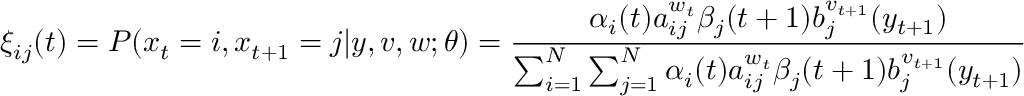
\xi _ { i j } ( t ) = P ( x _ { t } = i , x _ { t + 1 } = j | y , v , w ; \theta ) = { \frac { \alpha _ { i } ( t ) a _ { i j } ^ { w _ { t } } \beta _ { j } ( t + 1 ) b _ { j } ^ { v _ { t + 1 } } ( y _ { t + 1 } ) } { \sum _ { i = 1 } ^ { N } \sum _ { j = 1 } ^ { N } \alpha _ { i } ( t ) a _ { i j } ^ { w _ { t } } \beta _ { j } ( t + 1 ) b _ { j } ^ { v _ { t + 1 } } ( y _ { t + 1 } ) } }